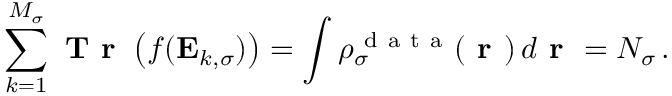
\sum _ { k = 1 } ^ { M _ { \sigma } } \textbf { T r } \left( f ( \mathbf { E } _ { k , \sigma } ) \right) = \int \rho _ { \sigma } ^ { \mathrm { ~ d ~ a ~ t ~ a ~ } } ( \boldsymbol { \textbf { r } } ) \, d \boldsymbol { \textbf { r } } = N _ { \sigma } \, .